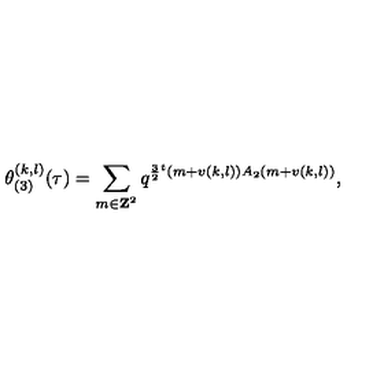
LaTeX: \theta _ { ( 3 ) } ^ { ( k , l ) } ( \tau ) = \sum _ { m \in { \bf Z } ^ { 2 } } q ^ { \frac { 3 } { 2 } { } ^ { t } ( m + v ( k , l ) ) A _ { 2 } ( m + v ( k , l ) ) } ,